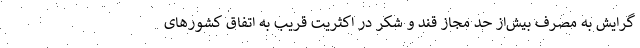
گرایش به مصرف بیش‌از حد مجاز قند و شکر در اکثریت قریب به اتفاق کشورهای